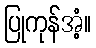
ပြုကုန်အံ့။